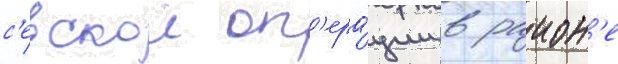
с'евскои оп'ера́ции в раион'е